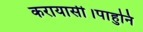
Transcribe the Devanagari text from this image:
करायासी।पाहुनि